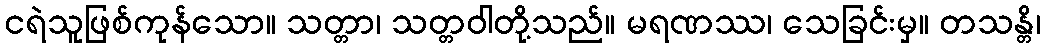
ငရဲသူဖြစ်ကုန်သော။ သတ္တာ၊ သတ္တဝါတို့သည်။ မရဏဿ၊ သေခြင်းမှ။ တသန္တိ၊